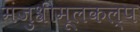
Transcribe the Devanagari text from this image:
मंजुश्रीमूलकल्प